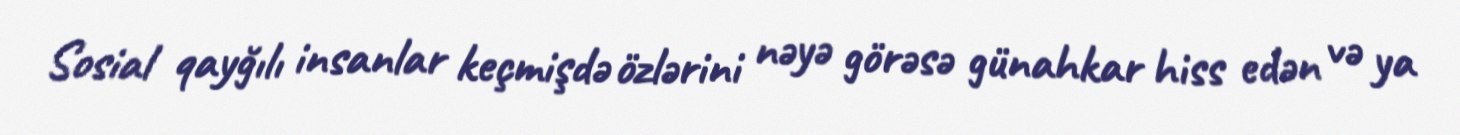
Sosial qayğılı insanlar keçmişdə özlərini nəyə görəsə günahkar hiss edən və ya